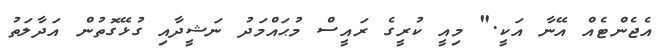
އެޖެންޓެއް އޭނާ އަކީ." މިއީ ކުރީގެ ރައީސް މުޙައްމަދު ނަޝީދާއި ގުޅޭގޮތުން އަދާލަތު